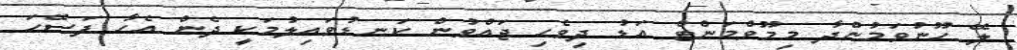
ލޭ ހޫނުވަމުންދާ މިމޫވްމަންޓް އަޑު ދިވެހި ޖައްވުން ކަނޑުވައިލުމަކީ ދެން އެހާ ފަސޭހަ